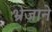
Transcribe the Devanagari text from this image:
भ्रेजाने